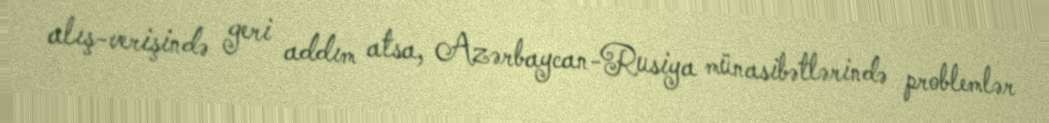
alış-verişində geri addım atsa, Azərbaycan-Rusiya münasibətlərində problemlər